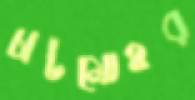
চাটমোহর